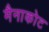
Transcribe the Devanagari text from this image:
मैनाकोट